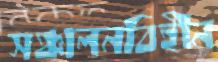
সঞ্চালনবিহীন